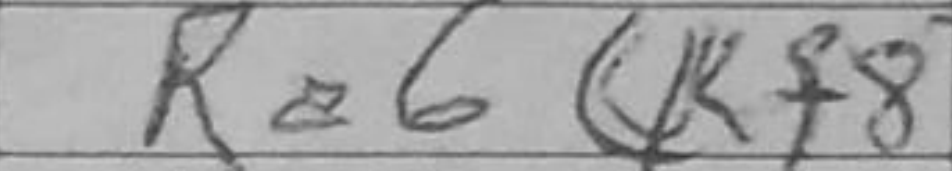
Transcription: Ra6